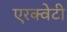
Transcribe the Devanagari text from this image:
एरक्वेटी